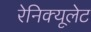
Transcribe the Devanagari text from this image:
रेनिक्यूलेट